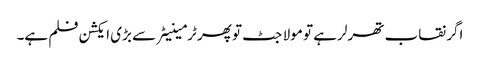
اگر نقاب تھرلر ہے تو مولا جٹ تو پھر ٹرمینیٹر سے بڑی ایکشن فلم ہے۔